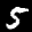
Label: 5